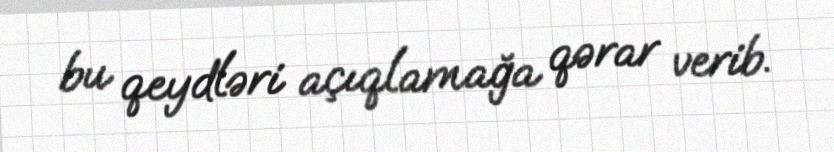
bu qeydləri açıqlamağa qərar verib.